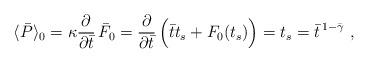
LaTeX: \begin{align*}\langle\bar{P}\rangle_0 =\kappa {\partial\over\partial\bar{t}}\,\bar{F}_0={\partial\over\partial\bar{t}}\,\Bigl(\bar{t}t_s+F_0(t_s)\Bigr)= t_s=\bar{t}^{\,1-\bar\gamma} \ ,\end{align*}